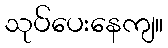
သုပ်ပေးနေကျ။